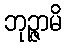
ဘုဉ္ဇာမိ